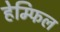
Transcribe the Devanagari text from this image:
हेम्फिल